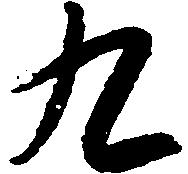
九